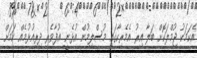
އެކަމަކު ޖުމްލަކޮށް ބަލާ އިރު އެމެރިކާގައި މުސްލިމުން އުޅެނީ އުފާވެރި ދިރިއުޅުމެއް ކަމަށް